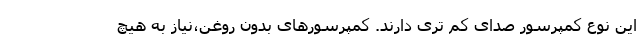
این نوع کمپرسور صدای کم تری دارند. کمپرسورهای بدون روغن،نیاز به هیچ